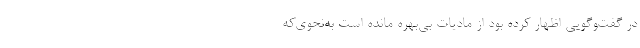
در گفت‌وگویی اظهار کرده بود از مادیات بی‌بهره مانده است به‌نحوی‌که